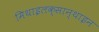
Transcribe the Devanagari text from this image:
मिथाइलक्सान्थाइन